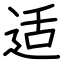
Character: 适